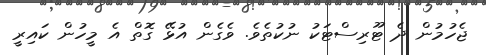
ޖެހުމުން ދެ ޓޫރިސްޓަކު ނުކުތެވެ. ވެގެން އުޅޭ ގޮތް އެ މީހުން ކައިރީ